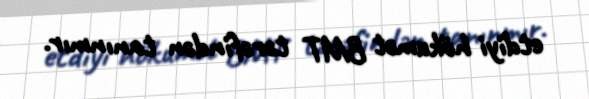
etdiyi hökumət BMT tərəfindən tanınmır.